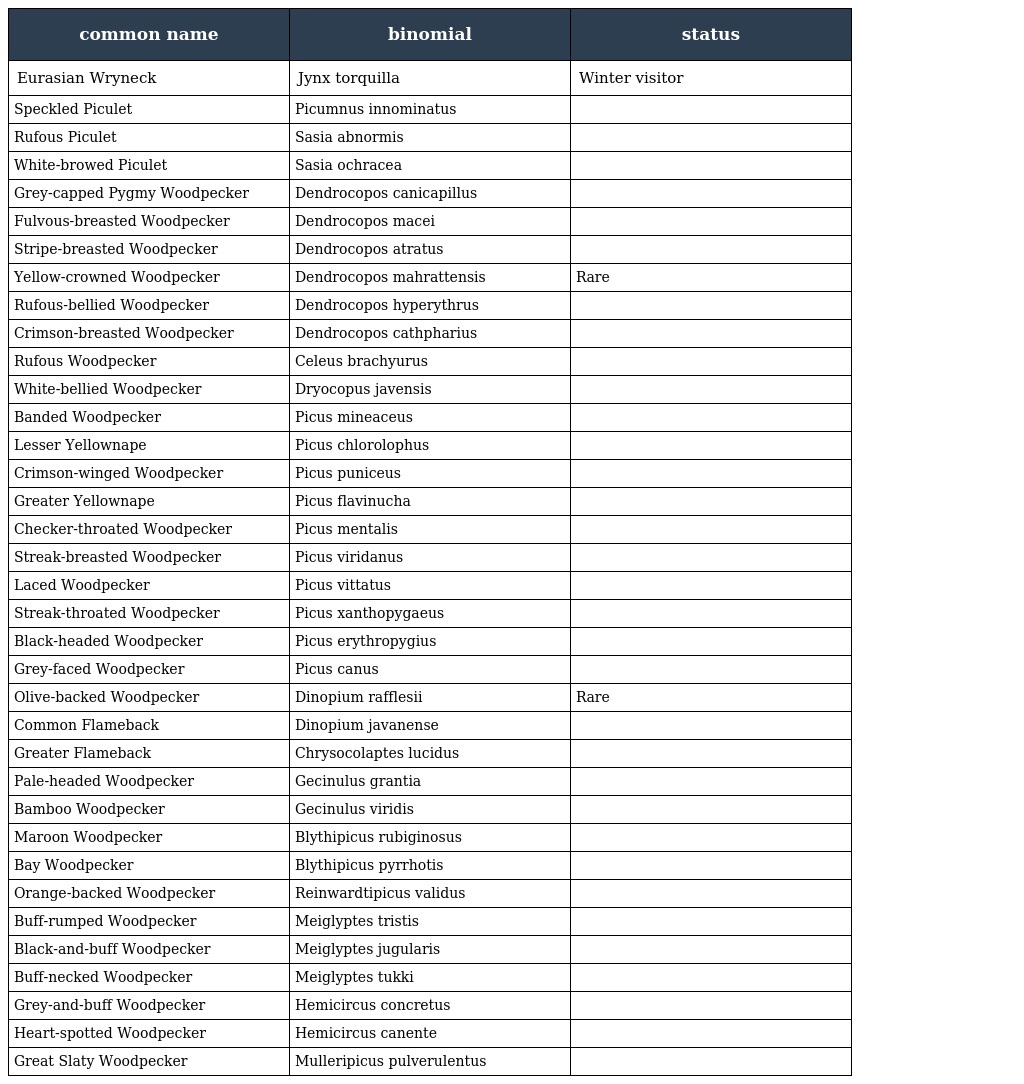
| common name | binomial | status |
 | --- | --- | --- |
 | Eurasian Wryneck | Jynx torquilla | Winter visitor |
 | Speckled Piculet | Picumnus innominatus |  |
 | Rufous Piculet | Sasia abnormis |  |
 | White-browed Piculet | Sasia ochracea |  |
 | Grey-capped Pygmy Woodpecker | Dendrocopos canicapillus |  |
 | Fulvous-breasted Woodpecker | Dendrocopos macei |  |
 | Stripe-breasted Woodpecker | Dendrocopos atratus |  |
 | Yellow-crowned Woodpecker | Dendrocopos mahrattensis | Rare |
 | Rufous-bellied Woodpecker | Dendrocopos hyperythrus |  |
 | Crimson-breasted Woodpecker | Dendrocopos cathpharius |  |
 | Rufous Woodpecker | Celeus brachyurus |  |
 | White-bellied Woodpecker | Dryocopus javensis |  |
 | Banded Woodpecker | Picus mineaceus |  |
 | Lesser Yellownape | Picus chlorolophus |  |
 | Crimson-winged Woodpecker | Picus puniceus |  |
 | Greater Yellownape | Picus flavinucha |  |
 | Checker-throated Woodpecker | Picus mentalis |  |
 | Streak-breasted Woodpecker | Picus viridanus |  |
 | Laced Woodpecker | Picus vittatus |  |
 | Streak-throated Woodpecker | Picus xanthopygaeus |  |
 | Black-headed Woodpecker | Picus erythropygius |  |
 | Grey-faced Woodpecker | Picus canus |  |
 | Olive-backed Woodpecker | Dinopium rafflesii | Rare |
 | Common Flameback | Dinopium javanense |  |
 | Greater Flameback | Chrysocolaptes lucidus |  |
 | Pale-headed Woodpecker | Gecinulus grantia |  |
 | Bamboo Woodpecker | Gecinulus viridis |  |
 | Maroon Woodpecker | Blythipicus rubiginosus |  |
 | Bay Woodpecker | Blythipicus pyrrhotis |  |
 | Orange-backed Woodpecker | Reinwardtipicus validus |  |
 | Buff-rumped Woodpecker | Meiglyptes tristis |  |
 | Black-and-buff Woodpecker | Meiglyptes jugularis |  |
 | Buff-necked Woodpecker | Meiglyptes tukki |  |
 | Grey-and-buff Woodpecker | Hemicircus concretus |  |
 | Heart-spotted Woodpecker | Hemicircus canente |  |
 | Great Slaty Woodpecker | Mulleripicus pulverulentus |  |